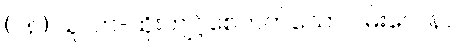
(၁၈) သူလာ-ထိုးကျင့်စေတတ်သော ဂမ်းလေနာ။